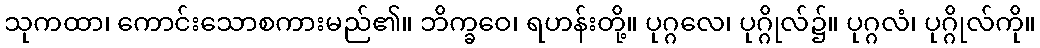
သုကထာ၊ ကောင်းသောစကားမည်၏။ ဘိက္ခဝေ၊ ရဟန်းတို့။ ပုဂ္ဂလေ၊ ပုဂ္ဂိုလ်၌။ ပုဂ္ဂလံ၊ ပုဂ္ဂိုလ်ကို။